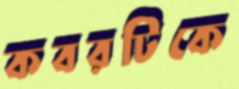
কবরটিকে